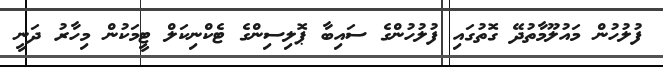
ފުލުހުން މައުލޫމާތުދޭ ގޮތުގައި ފުލުހުންގެ ސައިބާ ޕޮލިސިންގެ ޓެކްނިކަލް ޓީމަކުން މިހާރު ދަނީ